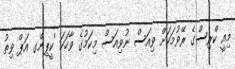
މިއީ ކްރިސްގެ ރޭވުމަކަށް ވިއަސް ނުވިއަސް މިކަމުގެ ވާހަކަ 'ކީޕިންގ އަޕް ވިތު